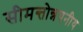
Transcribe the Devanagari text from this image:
सीमन्तोन्नयनीय